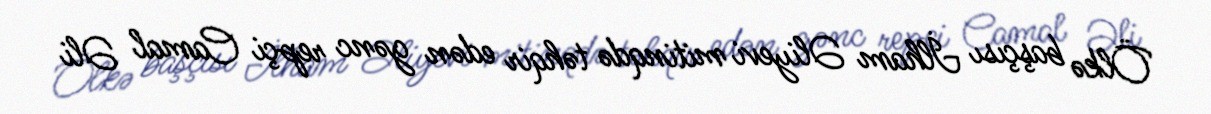
Ölkə başçısı İlham Əliyevi mitinqdə təhqir edən gənc repçi Camal Əli